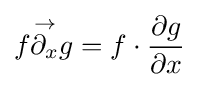
f{\stackrel {\rightarrow }{\partial _{x}}}g=f\cdot {\frac {\partial g}{\partial x}}